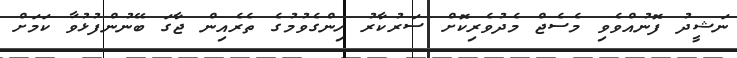
ނަޝީދު ފޮނުއްވެވި މެސެޖް މެދުވެރިކޮށް ސަރުކާރު ހިންގެވުމުގެ ތެރެއިން ޖާގަ ބޭނުންފުޅުވާ ކަމަށް